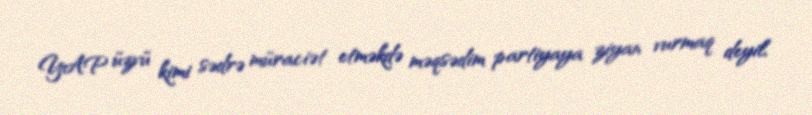
YAP üzvü kimi sədrə müraciət etməkdə məqsədim partiyaya ziyan vurmaq deyil,